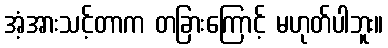
အံ့အားသင့်တာက တခြားကြောင့် မဟုတ်ပါဘူး။